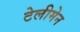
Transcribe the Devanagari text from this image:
टेलीमेन